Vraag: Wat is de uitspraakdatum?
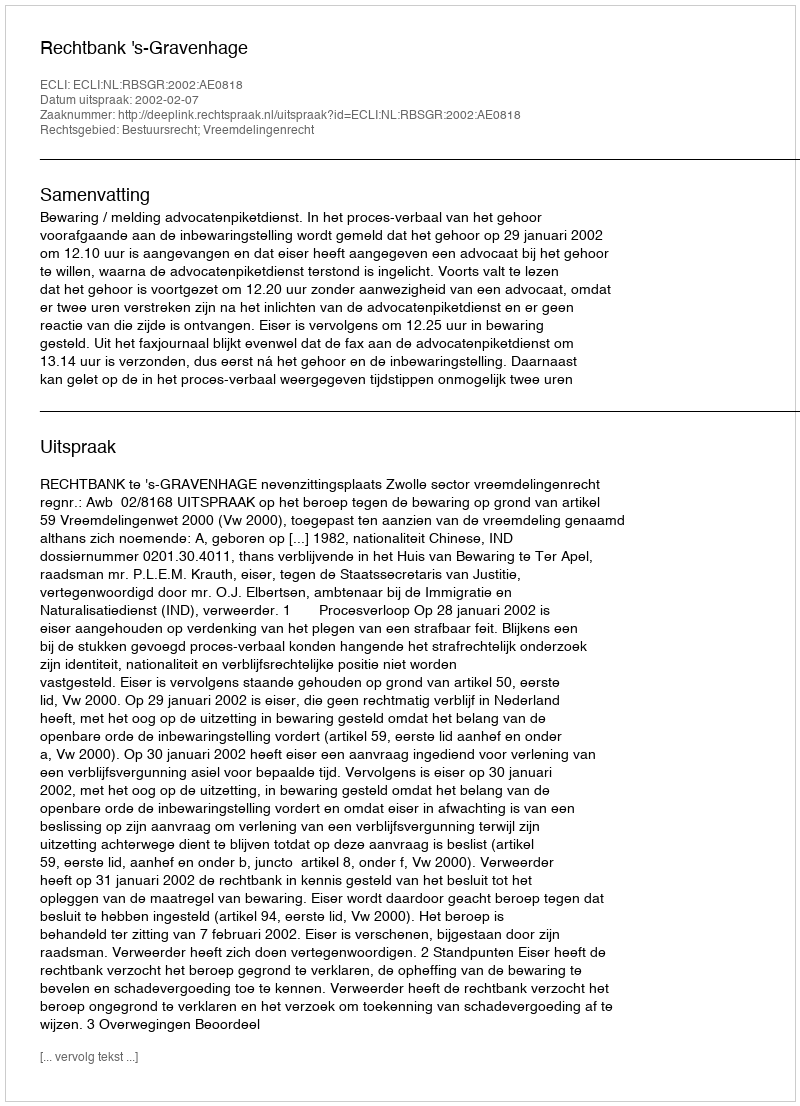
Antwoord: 2002-02-07